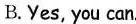
B.Yes, you can.